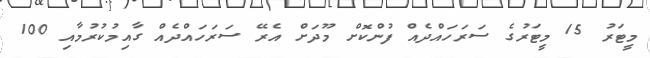
މީޓަރު 15 މީޓަރުގެ ސަރަހައްދެއް ފުންކޮށް މޫދަށް އެރޭ ސަރަހައްދެއް ގާއިމުކުރުމާއި 100